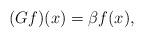
LaTeX: \begin{align*}(Gf)(x)=\beta f(x),\end{align*}